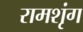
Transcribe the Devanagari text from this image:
रामशृंग